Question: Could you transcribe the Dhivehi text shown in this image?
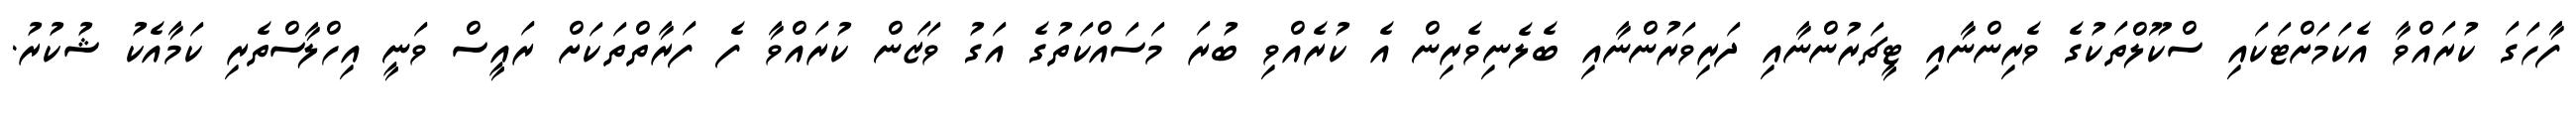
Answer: ފާހަގަ ކުރައްވާ އެކަމަށްޓަކައި ސްކޫލްތަކުގެ ވެރިންނާއި ޓީޗަރުންނާއި ދަރިވަރުންނާއި ބެލެނިވެރިން އެ ކުރެއްވި ބުރަ މަސައްކަތުގެ އަގު ވަޒަން ކުރައްވާ ފެ ފަރާތްތަކަށް ރައީސް ވަނީ އިހްލާސްތެރި ކަމާއެކު ޝުކުރު.